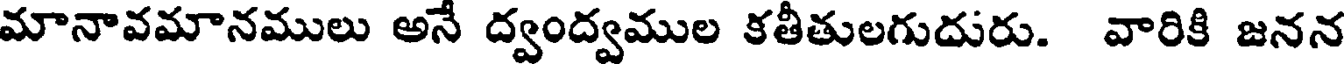
మానావమానములు అనే ద్వంద్వముల కతీతులగుదురు. వారికి జనన